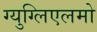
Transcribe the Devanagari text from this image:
ग्युग्लिएलमो